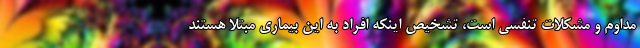
مداوم و مشکلات تنفسی است، تشخیص اینکه افراد به این بیماری مبتلا هستند